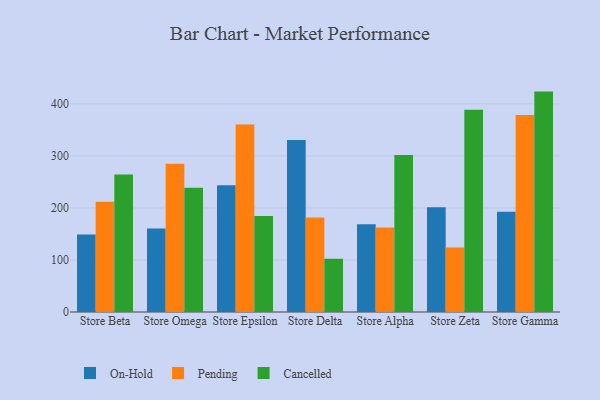
{"axis": {"x": "Store", "y": "Active Users"}, "legend": ["Cancelled", "On-Hold", "Pending"], "data": [{"x": "Store Beta", "y": 148.8, "type": "On-Hold"}, {"x": "Store Beta", "y": 212.0, "type": "Pending"}, {"x": "Store Beta", "y": 264.5, "type": "Cancelled"}, {"x": "Store Omega", "y": 160.4, "type": "On-Hold"}, {"x": "Store Omega", "y": 285.1, "type": "Pending"}, {"x": "Store Omega", "y": 238.9, "type": "Cancelled"}, {"x": "Store Epsilon", "y": 243.4, "type": "On-Hold"}, {"x": "Store Epsilon", "y": 360.6, "type": "Pending"}, {"x": "Store Epsilon", "y": 184.3, "type": "Cancelled"}, {"x": "Store Delta", "y": 330.5, "type": "On-Hold"}, {"x": "Store Delta", "y": 181.8, "type": "Pending"}, {"x": "Store Delta", "y": 102.3, "type": "Cancelled"}, {"x": "Store Alpha", "y": 168.6, "type": "On-Hold"}, {"x": "Store Alpha", "y": 162.5, "type": "Pending"}, {"x": "Store Alpha", "y": 301.7, "type": "Cancelled"}, {"x": "Store Zeta", "y": 201.4, "type": "On-Hold"}, {"x": "Store Zeta", "y": 123.9, "type": "Pending"}, {"x": "Store Zeta", "y": 388.6, "type": "Cancelled"}, {"x": "Store Gamma", "y": 192.6, "type": "On-Hold"}, {"x": "Store Gamma", "y": 378.8, "type": "Pending"}, {"x": "Store Gamma", "y": 423.6, "type": "Cancelled"}]}